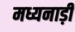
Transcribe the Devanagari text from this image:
मध्यनाड़ी